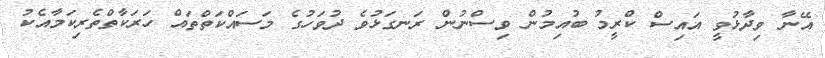
އޭނާ ވިދާޅުވީ އައިސް ކްރީމު ބުއިމުން ވިސްނުން ރަނގަޅުވެ ދުވަހުގެ މަސައްކަތްތައް ހަރަކާތްތެެރިކަމާއެކު